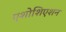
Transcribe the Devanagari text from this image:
एशोशिएशन